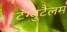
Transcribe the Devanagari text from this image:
टंग्युटैलम